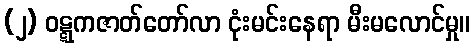
(၂) ဝဋ္ဋကဇာတ်တော်လာ ငုံးမင်းနေရာ မီးမလောင်မှု။